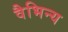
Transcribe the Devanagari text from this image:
वैभिन्य